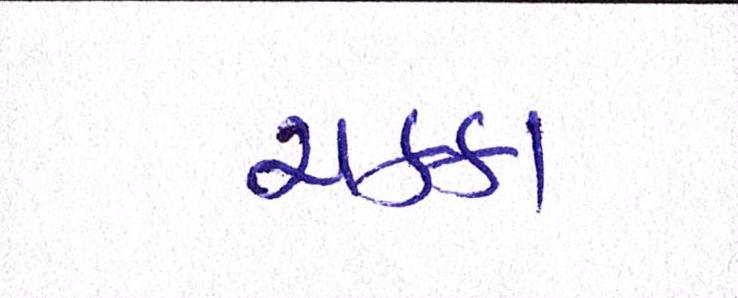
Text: ચક્કા